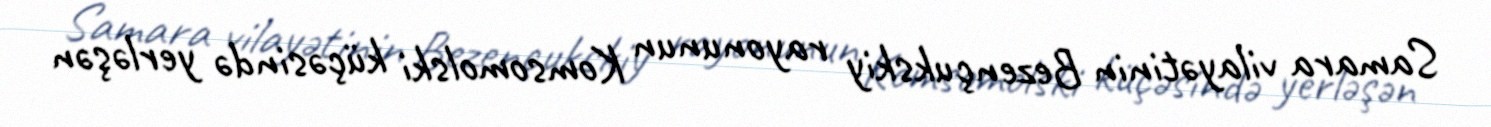
Samara vilayətinin Bezençukskiy rayonunun Komsomolski küçəsində yerləşən